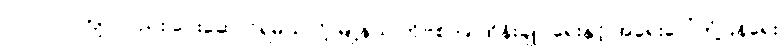
၁၀,၀၀၀ ကျပ်လည်း ပေးဆောင်ရမယ်လို့ မြို့နယ် ကိုဗစ်၁၉ ထိန်းချုပ်ရေးနှင့် အရေးပေါ်တုံ့ပြန်ရေး